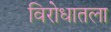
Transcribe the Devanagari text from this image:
विरोधातला